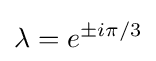
\lambda =e^{\pm i\pi /3}